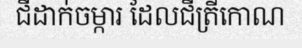
ជីដាក់ចម្ការ ដែលជីត្រីកោណ